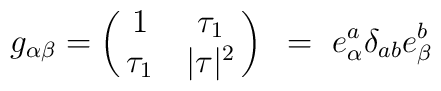
g_{\alpha\beta}=\left( \matrix{   1 & \tau_1\cr \tau_1& \vert\tau\vert^2\cr}\right)~=~e_\alpha^a \delta_{ab}e_\beta^b